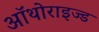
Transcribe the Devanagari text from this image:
ऑथोराइज्ड